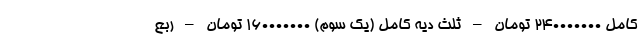
کامل ۲۴۰۰۰۰۰۰۰ تومان – ثلث دیه کامل (یک سوم) ۱۶۰۰۰۰۰۰۰ تومان – ربع